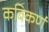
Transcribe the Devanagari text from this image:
कविकर्ण